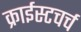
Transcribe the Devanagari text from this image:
क्राईस्टचर्च